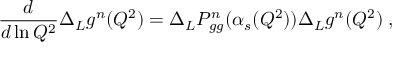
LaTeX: \frac { d } { d \ln Q ^ { 2 } } \Delta _ { L } g ^ { n } ( Q ^ { 2 } ) = \Delta _ { L } P _ { g g } ^ { n } ( \alpha _ { s } ( Q ^ { 2 } ) ) \Delta _ { L } g ^ { n } ( Q ^ { 2 } ) \; ,